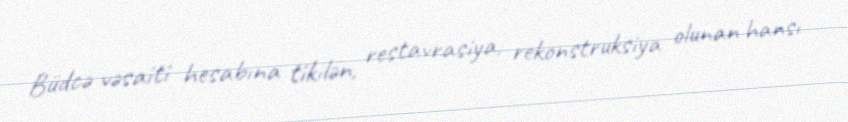
Büdcə vəsaiti hesabına tikilən, restavrasiya, rekonstruksiya olunan hansı